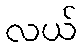
လယ်